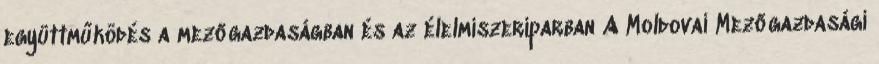
együttműködés a mezőgazdaságban és az élelmiszeriparban A Moldovai Mezőgazdasági